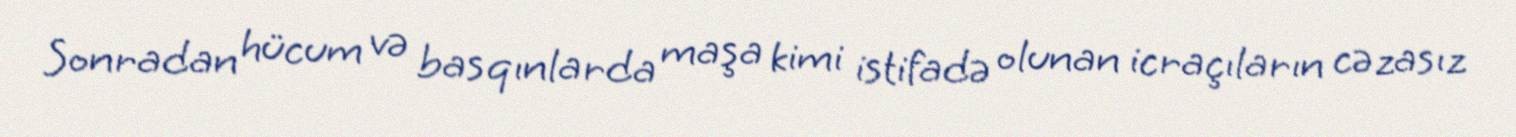
Sonradan hücum və basqınlarda maşa kimi istifadə olunan icraçıların cəzasız